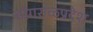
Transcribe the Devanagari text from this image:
डोंगराळप्रदेश